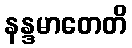
နန္ဒမာတေတိ